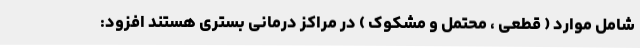
شامل موارد ( قطعی ، محتمل و مشکوک ) در مراکز درمانی بستری هستند افزود: